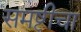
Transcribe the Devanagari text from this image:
समष्टीचा